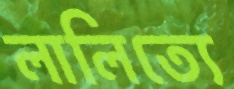
লালিত্যে